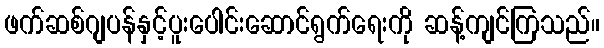
ဖက်ဆစ်ဂျပန်နှင့်ပူးပေါင်းဆောင်ရွက်ရေးကို ဆန့်ကျင်ကြသည်။